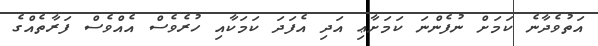
އަތުވެދާނެ ކަމަށް ނުފެންނަ ކަމަށާޢި އަދި އެފަދަ ކަމަކާއި ހުރެވެސް އެއްވެސް ފަރާތެއްގެ